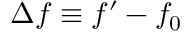
\Delta { } f \equiv { } f ^ { \prime } - f _ { 0 }